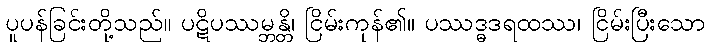
ပူပန်ခြင်းတို့သည်။ ပဋိပဿမ္ဘန္တိ၊ ငြိမ်းကုန်၏။ ပဿဒ္ဓဒရထဿ၊ ငြိမ်းပြီးသော